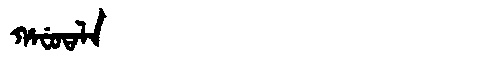
Manchu: ᡥᠠᠸᡠᡨᠠᠯᠠ
Romanization: HAFUTALA